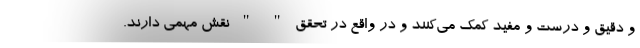
و دقیق و درست و مفید کمک می‌کنند و در واقع در تحقق " " نقش مهمی دارند.